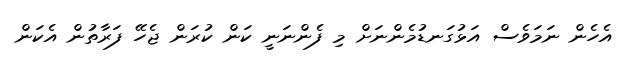
އެހެން ނަމަވެސް އަޅުގަނޑުމެންނަށް މި ފެންނަނީ ކަން ކުރަން ޖެހޭ ފަރާތުން އެކަން